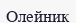
Олейник